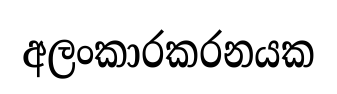
අලංකාරකරනයක